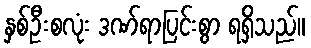
နှစ်ဦးစလုံး ဒဏ်ရာပြင်းစွာ ရရှိသည်။